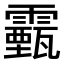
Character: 𩆛